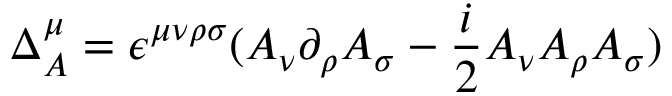
\Delta _ { A } ^ { \mu } = \epsilon ^ { \mu \nu \rho \sigma } ( A _ { \nu } \partial _ { \rho } A _ { \sigma } - { \frac { i } { 2 } } A _ { \nu } A _ { \rho } A _ { \sigma } )